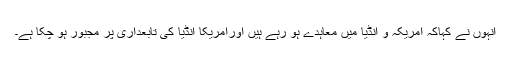
انہوں نے کہاکہ امریکہ و انڈیا میں معاہدے ہو رہے ہیں اورامریکا انڈیا کی تابعداری پر مجبور ہو چکا ہے۔